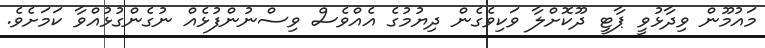
މައުމޫން ވިދާޅުވީ ޕާޓީ ދޫކޮށްލާ ވަކިވެގެން ދިޔުމުގެ އެއްވެސް ވިސްނުންފުޅެއް ނުގެންގުޅުއްވާ ކަމަށެވެ.